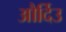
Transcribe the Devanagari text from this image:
और्दिउ